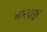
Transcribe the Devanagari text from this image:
शारदापुर